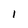
Character: l